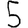
Digit: 5